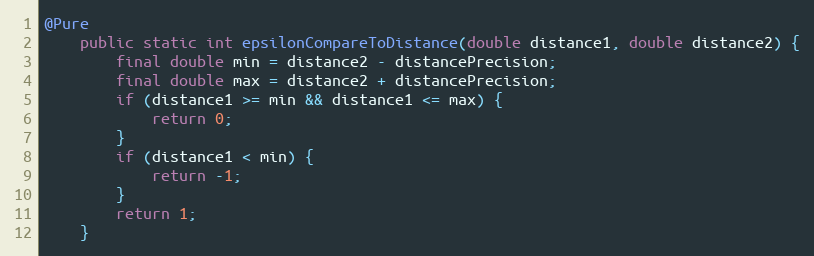
Language: Java
@Pure
	public static int epsilonCompareToDistance(double distance1, double distance2) {
		final double min = distance2 - distancePrecision;
		final double max = distance2 + distancePrecision;
		if (distance1 >= min && distance1 <= max) {
			return 0;
		}
		if (distance1 < min) {
			return -1;
		}
		return 1;
	}